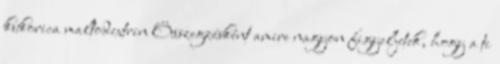
kukorica maltodextrin Összegzésként amire nagyon figyeljetek, hogy a ti